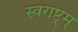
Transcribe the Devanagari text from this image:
स्वराष्ट्रम्‌